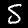
Label: 5